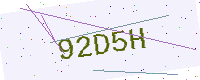
Text: 92D5H